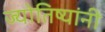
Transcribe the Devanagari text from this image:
ज्योतिष्यांनी